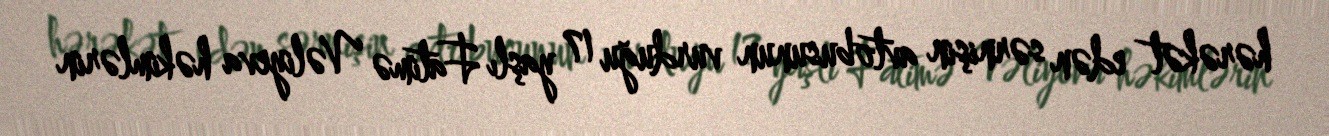
hərəkət edən sərnişin avtobusunun vurduğu 17 yaşlı Fatimə Vəliyeva həkimlərin